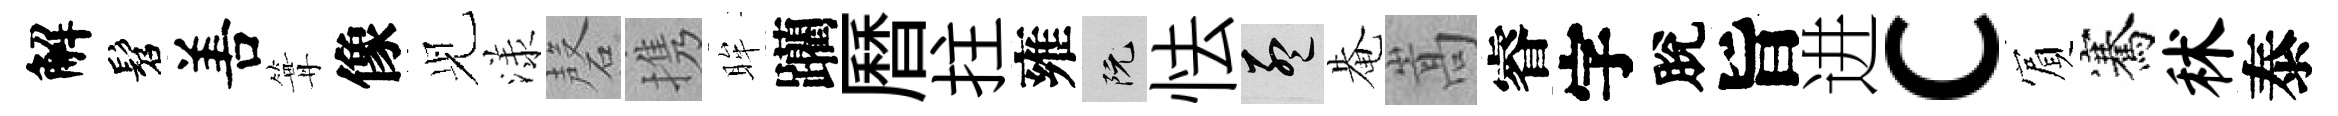
解髫𠵊篝像𫤗漾磬携眸躪曆拄雍阮怯孟𤲅嵩睿字脫旨进c賔騫秫泰